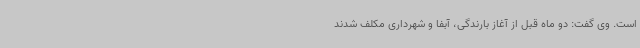
است. وی گفت: دو ماه قبل از آغاز بارندگی، آبفا و شهرداری مکلف شدند